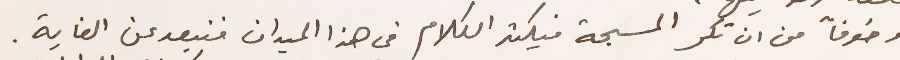
وخوفاً من ان تكر المسبحة فيكثر الكلام في هذا الميدان فنبعد عن الغاية.